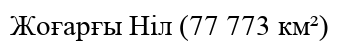
Жоғарғы Ніл (77 773 км²)